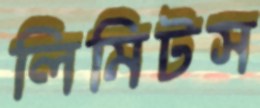
লিমিটস